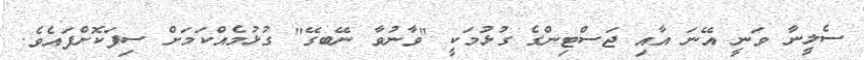
ސެލީނާ ވަނީ އޭނަ އާއި ޖަސްޓިންގެ ގުޅުމަކީ "ވާނުވާ ނޭބގޭ" ގުޅުމެއްކަމަށް ސިފަކޮށްފައެވެ.